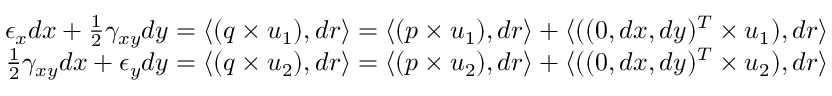
\begin{array} { r } { \epsilon _ { x } d x + \frac { 1 } { 2 } \gamma _ { x y } d y = \langle ( q \times u _ { 1 } ) , d r \rangle = \langle ( p \times u _ { 1 } ) , d r \rangle + \langle ( ( 0 , d x , d y ) ^ { T } \times u _ { 1 } ) , d r \rangle } \\ { \frac { 1 } { 2 } \gamma _ { x y } d x + \epsilon _ { y } d y = \langle ( q \times u _ { 2 } ) , d r \rangle = \langle ( p \times u _ { 2 } ) , d r \rangle + \langle ( ( 0 , d x , d y ) ^ { T } \times u _ { 2 } ) , d r \rangle } \end{array}